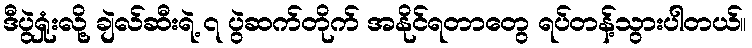
ဒီပွဲရှုံးလို့ ချဲလ်ဆီးရဲ့ ၇ ပွဲဆက်တိုက် အနိုင်ရတာတွေ ရပ်တန့်သွားပါတယ်။